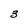
Character: 3